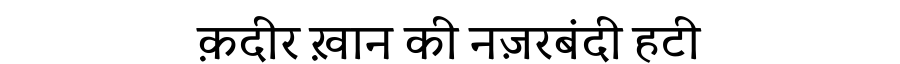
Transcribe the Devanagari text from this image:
क़दीर ख़ान की नज़रबंदी हटी